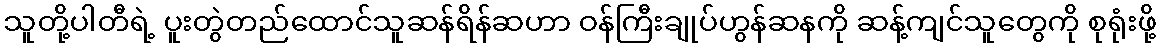
သူတို့ပါတီရဲ့ ပူးတွဲတည်ထောင်သူဆန်ရိန်ဆဟာ ဝန်ကြီးချုပ်ဟွန်ဆနကို ဆန့်ကျင်သူတွေကို စုရုံးဖို့